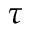
\tau